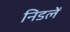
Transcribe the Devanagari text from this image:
निडलें